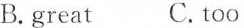
B.great C.too